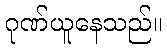
ဂုဏ်ယူနေသည်။